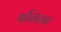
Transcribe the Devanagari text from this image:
बनिआ